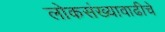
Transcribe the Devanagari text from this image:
लोकसंख्यावाढीचे